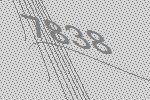
7838